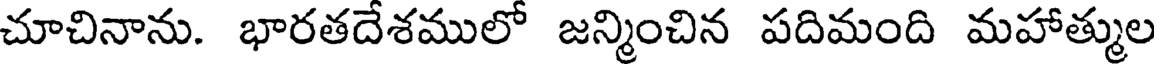
చూచినాను. భారతదేశములో జన్మించిన పదిమంది మహాత్ముల